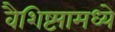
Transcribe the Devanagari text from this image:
वैशिष्ट्यामध्ये